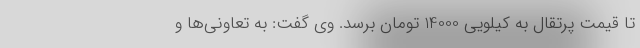
تا قیمت پرتقال به کیلویی 14000 تومان برسد. وی گفت: به تعاونی‌ها و